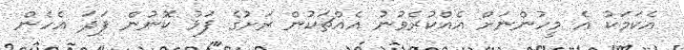
އެކަމަކު އެ މީހުންނަށް އެއްކުރެވުނު އެއްޗަކުން ރަށުގެ ފަޅު ކޮނުން ފަދަ އެހެން